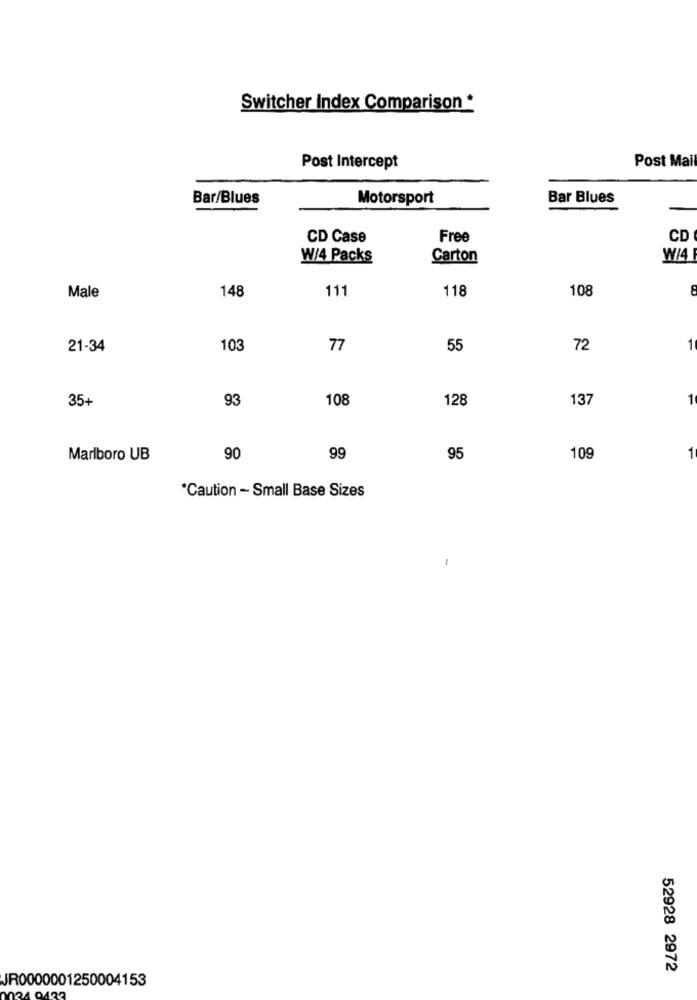
Switcher Index Comparison *
Post Mail
Post Intercept
Bar/Blues
Motorsport
Bar Blues
CD Case
Free
CD
W/4 Packs
Carton
W/4
148
111
118
108
Male
21-34
103
77
55
72
1
35+
93
108
128
137
1
1
Marlboro UB
90
99
95
109
*Caution - Small Base Sizes
52928 2972
JR0000001250004153